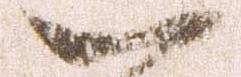
一